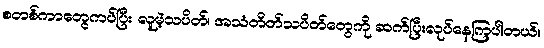
စတစ်ကာတွေကပ်ပြီး လူမဲ့သပိတ်၊ အသံတိတ်သပိတ်တွေကို ဆက်ပြီးလုပ်နေကြပါတယ်။